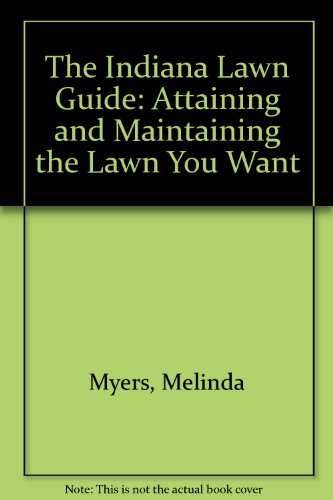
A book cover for The Indiana Lawn Guide: Attaining and Maintaining the Lawn You Want; Melinda Myers; Crafts, Hobbies & Home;